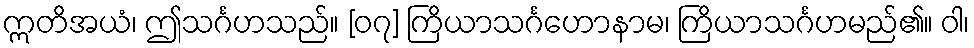
ဣတိအယံ၊ ဤသင်္ဂဟသည်။ [၀၇] ကြိယာသင်္ဂဟောနာမ၊ ကြိယာသင်္ဂဟမည်၏။ ဝါ၊